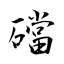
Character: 礑